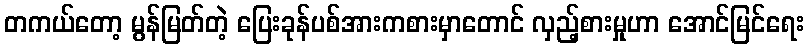
တကယ်တော့ မွန်မြတ်တဲ့ ပြေးခုန်ပစ်အားကစားမှာတောင် လှည့်စားမှုဟာ အောင်မြင်ရေး